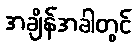
အချိန်အခါတွင်